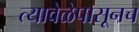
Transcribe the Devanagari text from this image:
त्यावेळेपासूनच